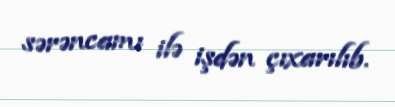
sərəncamı ilə işdən çıxarılıb.